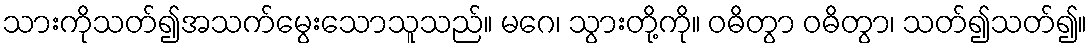
သားကိုသတ်၍အသက်မွေးသောသူသည်။ မဂေ၊ သွားတို့ကို။ ဝဓိတွာ ဝဓိတွာ၊ သတ်၍သတ်၍။